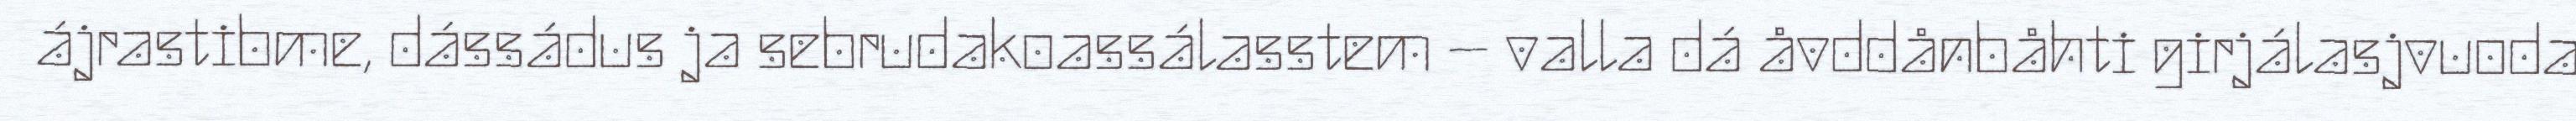
ájrastibme, dássádus ja sebrudakoassálasstem – valla dá åvddånbåhti girjálasjvuoda